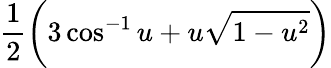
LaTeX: \frac{1}{2}\bigg(3\cos^{-1}u+u\sqrt{1-u^{2}}\bigg)